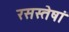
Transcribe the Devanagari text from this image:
रसस्तेषां